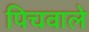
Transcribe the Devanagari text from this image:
पिचवाले